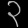
Digit: ၃